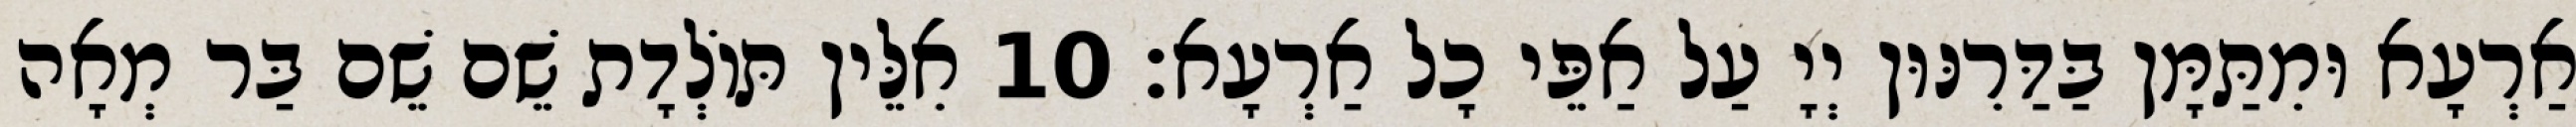
אַרְעָא וּמִתַּמָּן בַּדַּרִנּוּן יְיָ עַל אַפֵּי כָל אַרְעָא׃ 10 אִלֵּין תּוֹלְדָת שֵׁם שֵׁם בַּר מְאָה